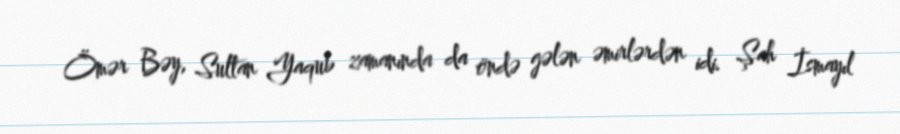
Ömər Bəy, Sultan Yaqub zamanında da öndə gələn əmirlərdən idi. Şah İsmayıl